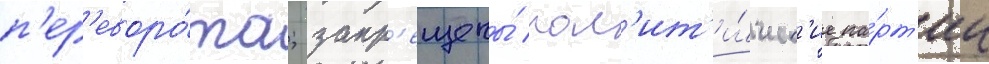
п'ер'еворо́та; запр'ещены́ пол'ит'и́ческ'ие па́рт'ии